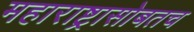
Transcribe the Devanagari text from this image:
महाराष्ट्रासोबतच